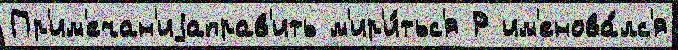
Пр'им'ечан'иjаправ'ить м'ир'и́тьс'я Р им'енова́лс'я